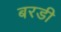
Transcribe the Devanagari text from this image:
बरडी